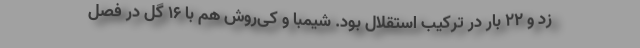
زد و 22 بار در ترکیب استقلال بود. شیمبا و کی‌روش هم با 16 گل در فصل